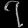
Digit: ၇